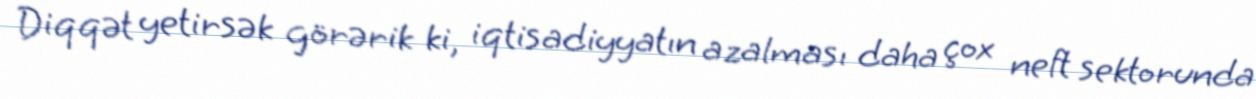
Diqqət yetirsək görərik ki, iqtisadiyyatın azalması daha çox neft sektorunda